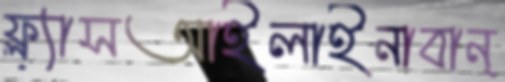
ফ্ল্যাসআইলাইনাবান্